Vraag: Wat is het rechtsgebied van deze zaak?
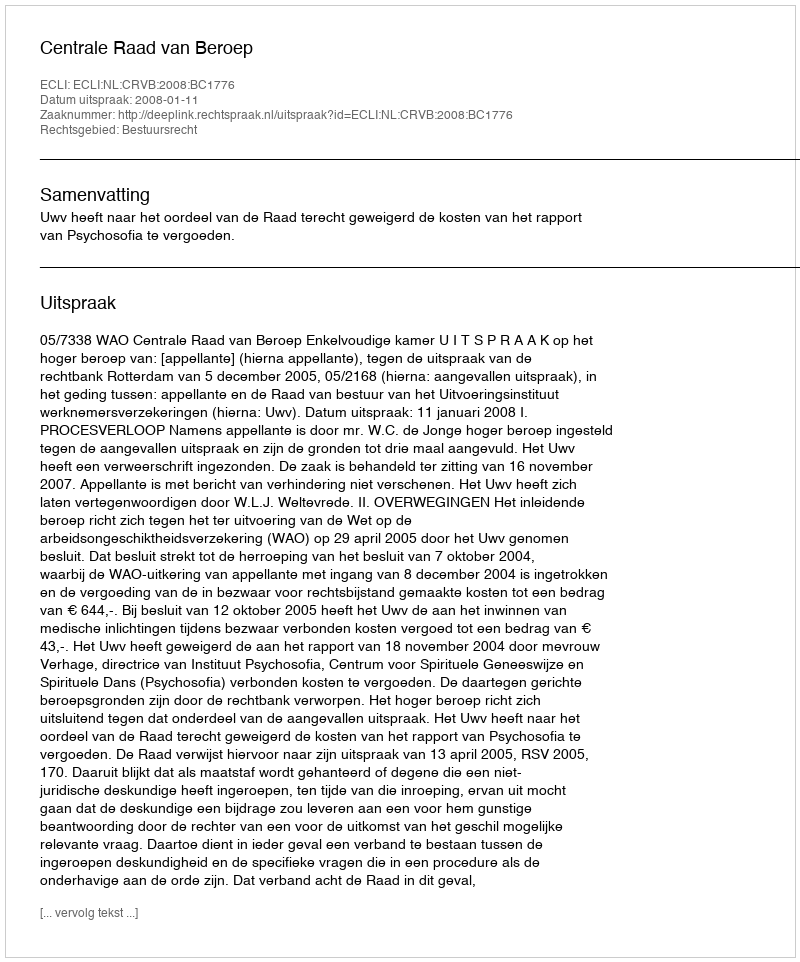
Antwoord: Bestuursrecht